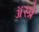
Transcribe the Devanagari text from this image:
ॲस्प्रे